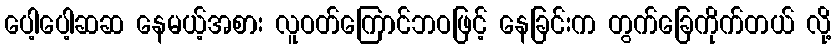
ပေါ့ပေါ့ဆဆ နေမယ့်အစား လူဝတ်ကြောင်ဘဝဖြင့် နေခြင်းက တွက်ခြေကိုက်တယ် လို့